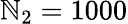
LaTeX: \mathbb{N}_{2}=1000